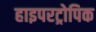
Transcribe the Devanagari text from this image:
हाइपरट्रोपिक